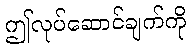
ဤလုပ်ဆောင်ချက်ကို